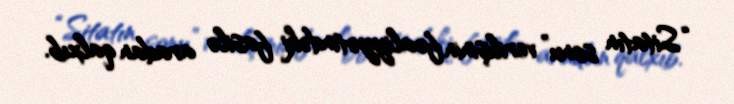
“Sitatın sonu” verilişinin fəaliyyətindəki fasilə aradan qalxıb.